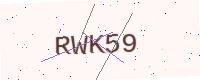
Text: RWK59